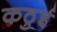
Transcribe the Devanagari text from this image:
कठुई